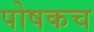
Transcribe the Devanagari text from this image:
पोषकच